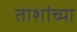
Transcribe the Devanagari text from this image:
ताशांच्या